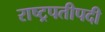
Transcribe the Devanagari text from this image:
राष्ट्रपतीपदी